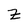
Character: Z